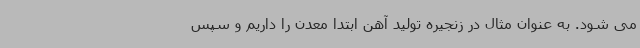
می شود. به عنوان مثال در زنجیره تولید آهن ابتدا معدن را داریم و سپس